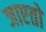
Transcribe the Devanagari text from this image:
जाएतो